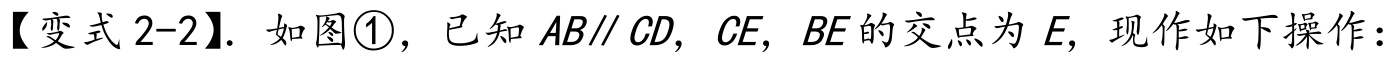
【变式 2-2】. 如图\textcircled{1}，已知$AB\parallel CD$，$CE$，$BE$的交点为$E$，现作如下操作：